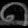
Digit: ၈